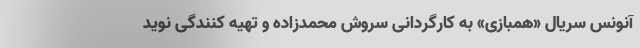
آنونس سریال «همبازی» به کارگردانی سروش محمدزاده و تهیه کنندگی نوید